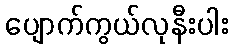
ပျောက်ကွယ်လုနီးပါး